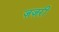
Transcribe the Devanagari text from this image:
ज़ज़री